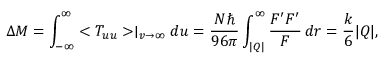
\Delta M = \int _ { - \infty } ^ { \infty } < T _ { u u } > \mid _ { v \rightarrow \infty } d u = \frac { N \hbar } { 9 6 \pi } \int _ { | Q | } ^ { \infty } \frac { F ^ { \prime } F ^ { \prime } } { F } \, d r = \frac { k } { 6 } | Q | ,